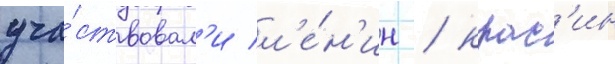
уча́ствовал'и л'е́н'ин / крас'ин